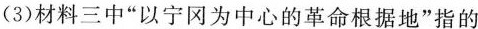
(3)材料三中“以宁冈为中心的革命根据地”指的